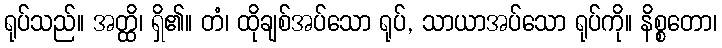
ရုပ်သည်။ အတ္ထိ၊ ရှိ၏။ တံ၊ ထိုချစ်အပ်သော ရုပ်, သာယာအပ်သော ရုပ်ကို။ နိစ္စတော၊